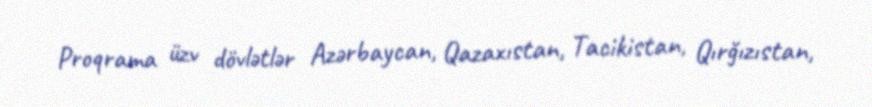
Proqrama üzv dövlətlər Azərbaycan, Qazaxıstan, Tacikistan, Qırğızıstan,